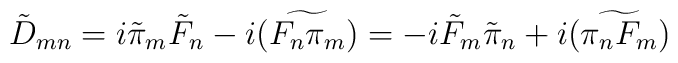
\tilde{D}_{mn} = i \tilde{\pi}_{m} \tilde{F}_{n} - i \widetilde{(F_{n}\pi_{m})} = -i \tilde{F}_{m} \tilde{\pi}_{n} +i \widetilde{(\pi_{n} F_{m})}